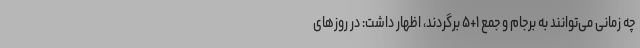
چه زمانی می‌توانند به برجام و جمع ۱+۵ برگردند، اظهار داشت: در روزهای